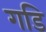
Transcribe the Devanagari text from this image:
गडि